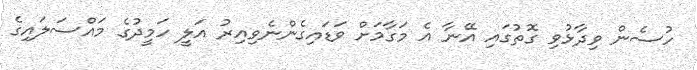
ހުސެން ވިދާޅުވި ގޮތުގައި އޭނާ އެ މަގާމަށް ވަޑައިގެންނެވިއިރު އަލީ ހަމީދުގެ މައްސަލައިގެ